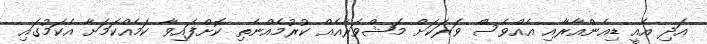
އަދި އެއީ ޑިއެންއާރާއި އެއްވެސް ވަރަކަށް މަޝްވަރާއެއް ކުރުމެއްނެތި ކޮށްފައިވާ ކަމެއްކަމަށާ އެކަމުގައި